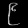
Digit: ၉